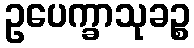
ဥပေက္ခာသုခဉ္စ